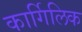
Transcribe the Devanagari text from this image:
कार्गिलिक